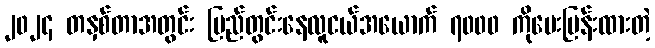
၂၀၂၄ တနှစ်တာအတွင်း ပြည်တွင်းနေလူငယ်အယောက် ၇၀၀၀ ကိုမေးမြန်းထားတဲ့